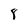
Character: 8